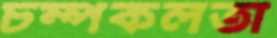
চম্পকলতা